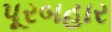
પૂરબહાર